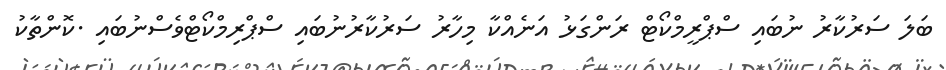
ބަލަ ސަރުކާރު ނުބައި ސްޕްރީމްކޯޓް ރަންގަޅު އަނެއްކާ މިހާރު ސަރުކާރުނުބައި ސްޕްރިމްކޯޓްވެސްނުބައި .ކޮންތާކު